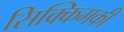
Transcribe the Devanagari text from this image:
सिक्किमकी